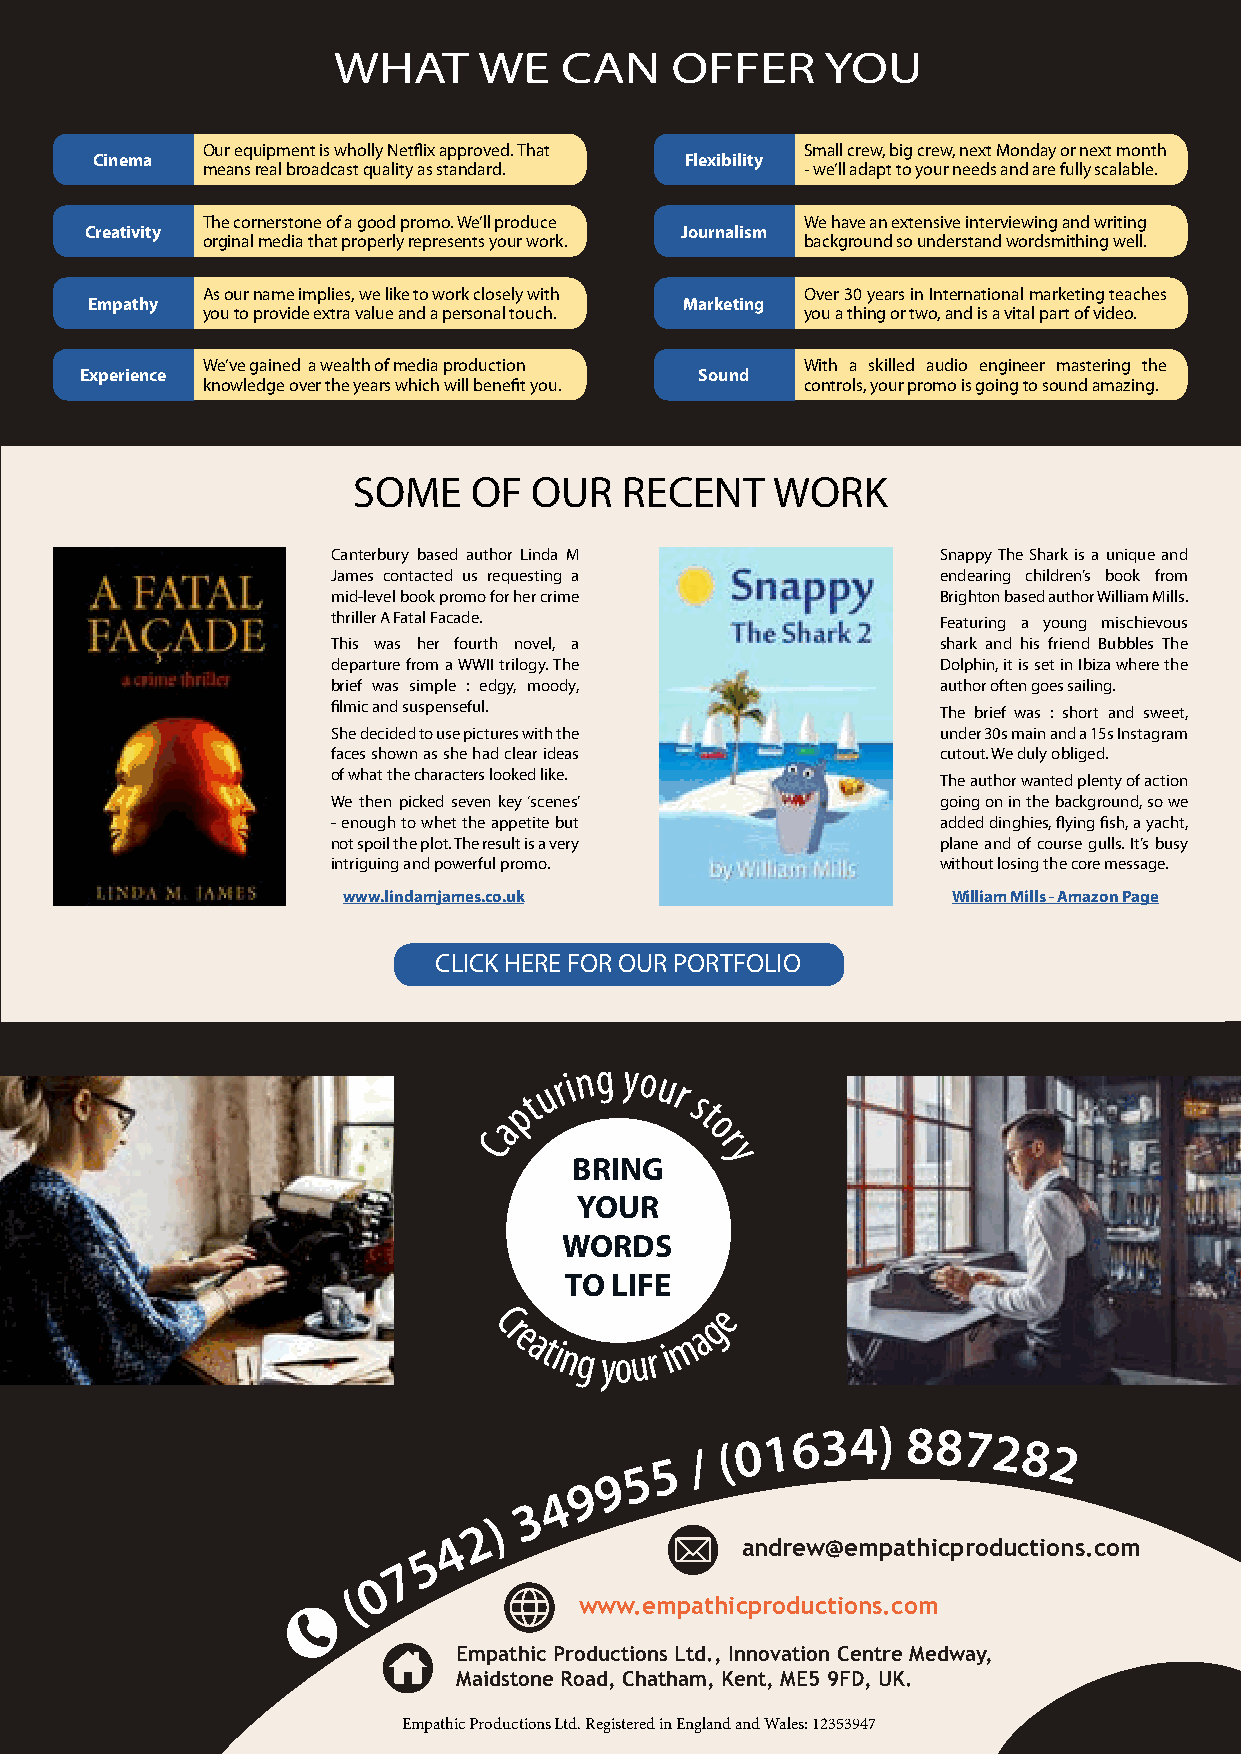
WHAT      WE   CAN    OFFER      YOU
 Our equipment is wholly Netflix approved. That Small crew, big crew, next Monday or next month
 Cinema                                 Flexibility
 means real broadcast quality as standard. - we’ll adapt to your needs and are fully scalable.
 The cornerstone of a good promo. We’ll produce We have an extensive interviewing and writing
 Creativity                             Journalism
 orginal media that properly represents your work. background so understand wordsmithing well.
 As our name implies, we like to work closely with Over 30 years in International marketing teaches
 Empathy                                Marketing
 you to provide extra value and a personal touch. you a thing or two, and is a vital part of video.
 We’ve gained a wealth of media production With a skilled audio engineer mastering the
 Experience                               Sound
 knowledge over the years which will benefit you. controls, your promo is going to sound amazing.
 SOME    OF  OUR   RECENT    WORK
 Canterbury based author Linda M         Snappy The Shark is a unique and
 James contacted us requesting a         endearing children’s book from
 mid-level book promo for her crime      Brighton based author William Mills.
 thriller A Fatal Facade.                Featuring a young mischievous
 This was her fourth novel, a            shark and his friend Bubbles The
 departure from a WWII trilogy. The      Dolphin, it is set in Ibiza where the
 brief was simple : edgy, moody,         author often goes sailing.
 filmic and suspenseful.                 The brief was : short and sweet,
 She decided to use pictures with the    under 30s main and a 15s Instagram
 faces shown as she had clear ideas      cutout. We duly obliged.
 of what the characters looked like.     The author wanted plenty of action
 We then picked seven key ‘scenes’       going on in the background, so we
 - enough to whet the appetite but       added dinghies, flying fish, a yacht,
 not spoil the plot. The result is a very plane and of course gulls. It’s busy
 intriguing and powerful promo.          without losing the core message.
 www.lindamjames.co.uk                   William Mills - Amazon Page
 CLICK HERE FOR OUR PORTFOLIO
 ptu ri n g yo u r
 s
 t
 a            o
 C              r
 y
 BRING
 YOUR
 WORDS
 TO LIFE
 e
 Cr
 e ating you r i m
 ag
 5 / ( 0 1 634)  88728    2
 5
 9
 9
 4
 3
 )
 2
 4
 5                    andrew@empathicproductions.com
 7
 0
 (
 www.empathicproductions.com
 Empathic Productions Ltd., Innovation Centre Medway,
 Maidstone Road, Chatham, Kent, ME5 9FD, UK.
 Empathic Productions Ltd. Registered in England and Wales: 12353947